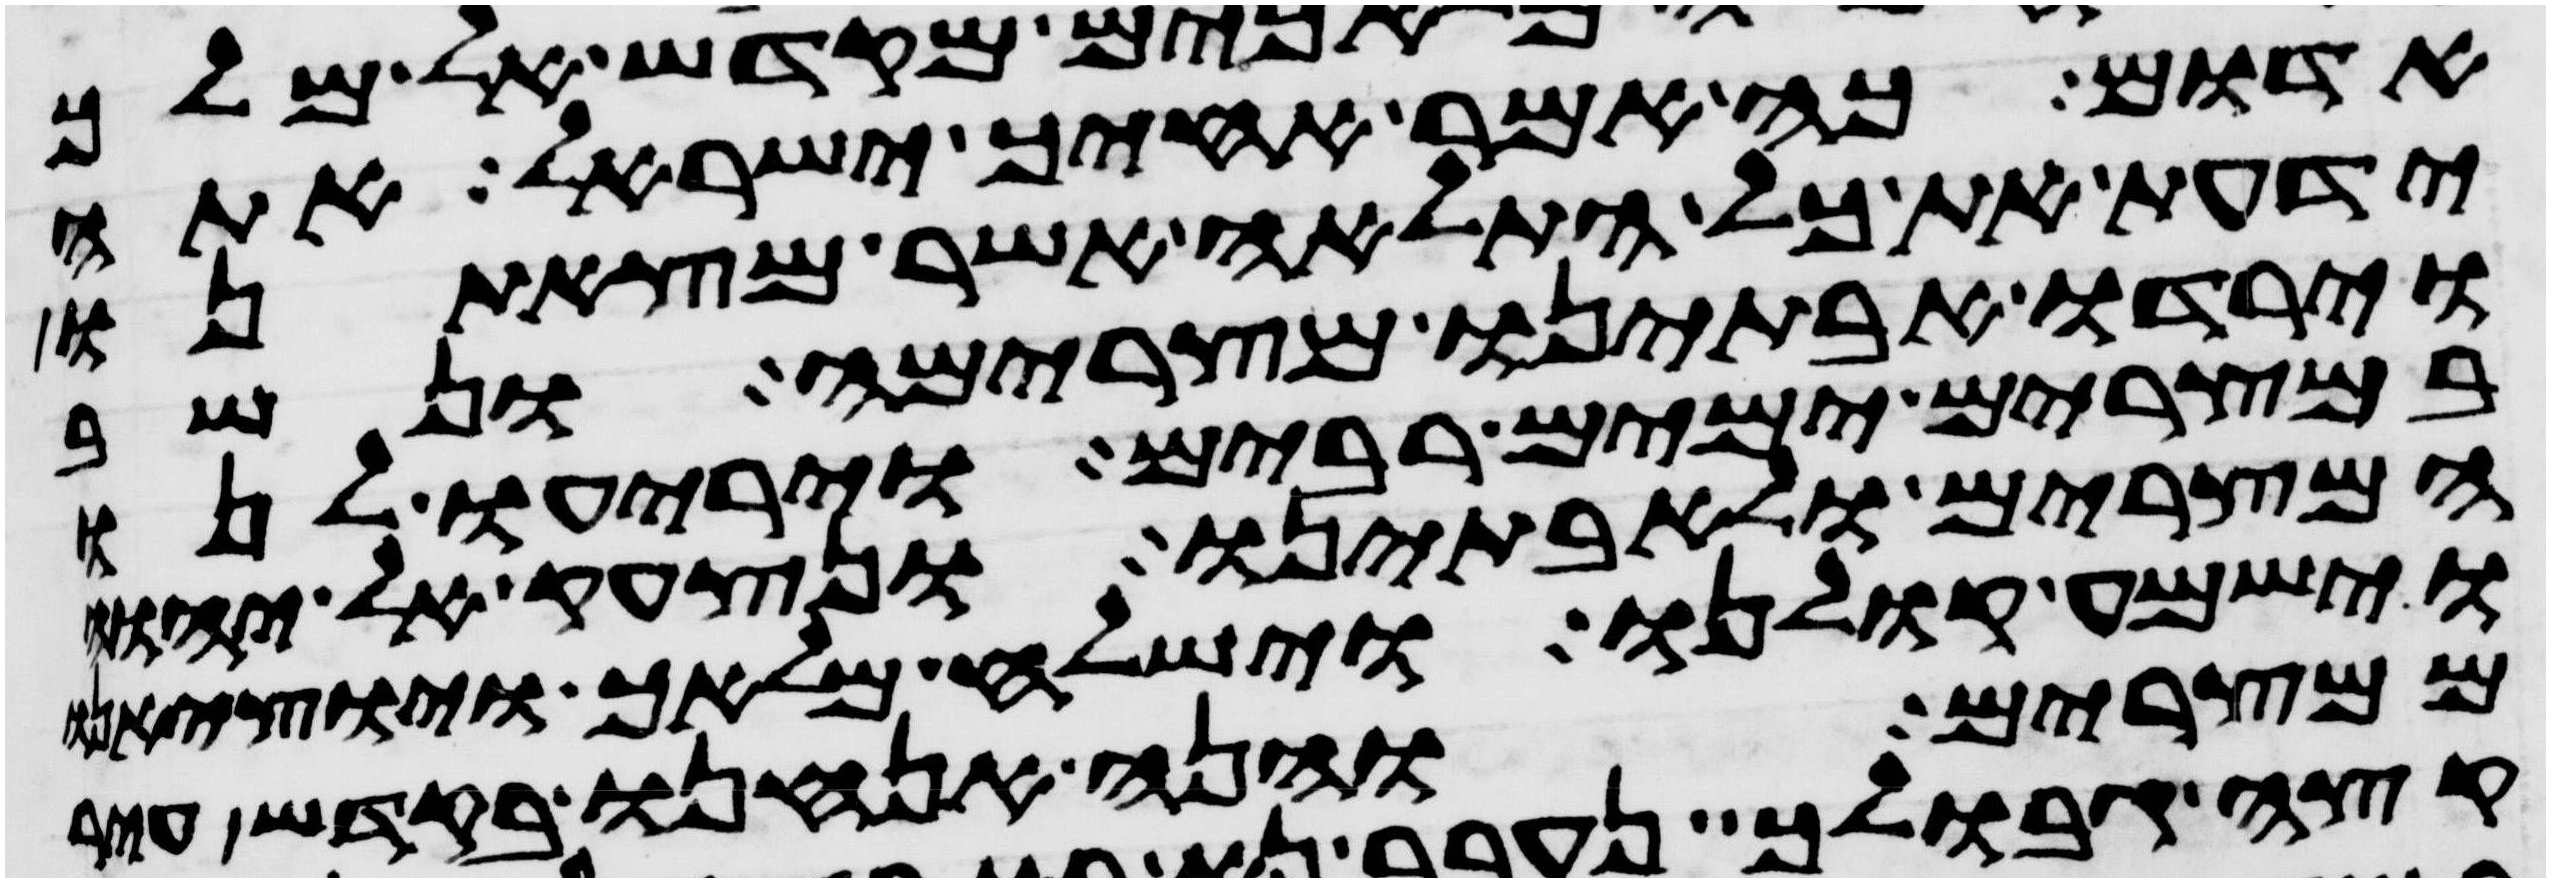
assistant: אדום כה אמר אחיך ישראל אתה
ידעת את כל התלאה אשר מצאתנו
וירדו אבתינו מצרימה ונשב
במצרים ימים רבים ויריעו לנו
המצרים ולאבתינו ונצעק אל יהוה
וישמע קולנו וישלח מלאך ויוציאנו
ממצרים והנה אנחנו בקדש עיר